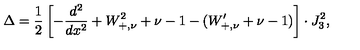
\Delta = \frac { 1 } { 2 } \left[ - \frac { d ^ { 2 } } { d x ^ { 2 } } + W _ { + , \nu } ^ { 2 } + \nu - 1 - ( W _ { + , \nu } ^ { \prime } + \nu - 1 ) \right] \cdot J _ { 3 } ^ { 2 } ,